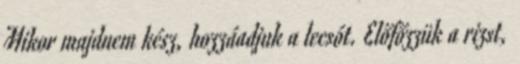
Mikor majdnem kész, hozzáadjuk a lecsót. Előfőzzük a rizst,